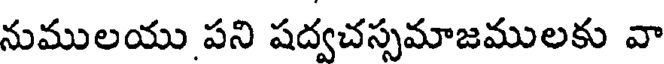
నుములయు పని షద్వచస్సమాజములకు వా